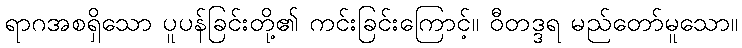
ရာဂအစရှိသော ပူပန်ခြင်းတို့၏ ကင်းခြင်းကြောင့်။ ဝီတဒ္ဒရ မည်တော်မူသော။